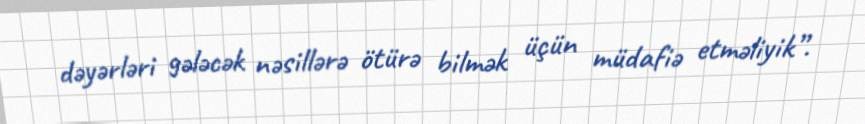
dəyərləri gələcək nəsillərə ötürə bilmək üçün müdafiə etməliyik”.